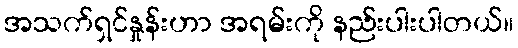
အသက်ရှင်နှုန်းဟာ အရမ်းကို နည်းပါးပါတယ်။